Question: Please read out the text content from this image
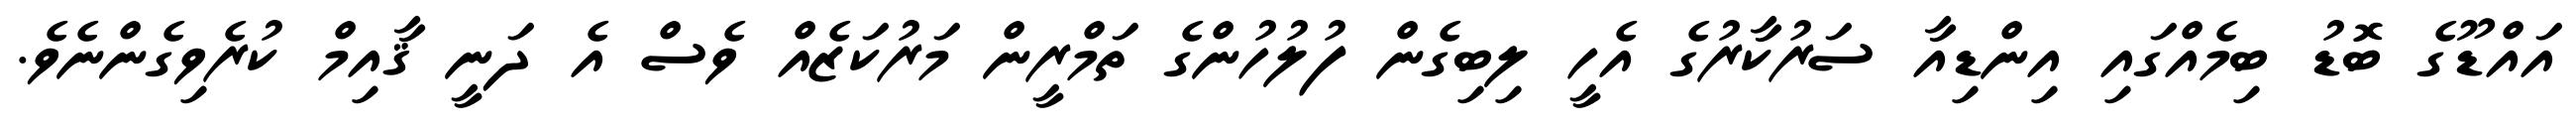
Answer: އައްޑޫގެ ބޮޑު ބިމެއްގައި އިންޑިއާ ސަރުކާރުގެ އެހީ ލިބިގެން ފުލުހުންގެ ތަމްރީން މަރުކަޒެއް ވެސް އެ ދަނީ ޤާއިމް ކުރެވިގެންނެވެ.